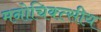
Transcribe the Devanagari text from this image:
मनोचिक्त्सीय